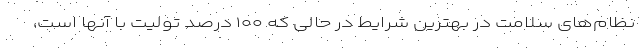
نظام‌های سلامت در بهترین شرایط در حالی که ۱۰۰ درصد تولیت با آنها است،